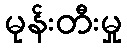
မုန်းတီးမှု